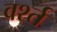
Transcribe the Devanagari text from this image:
वर्श्त